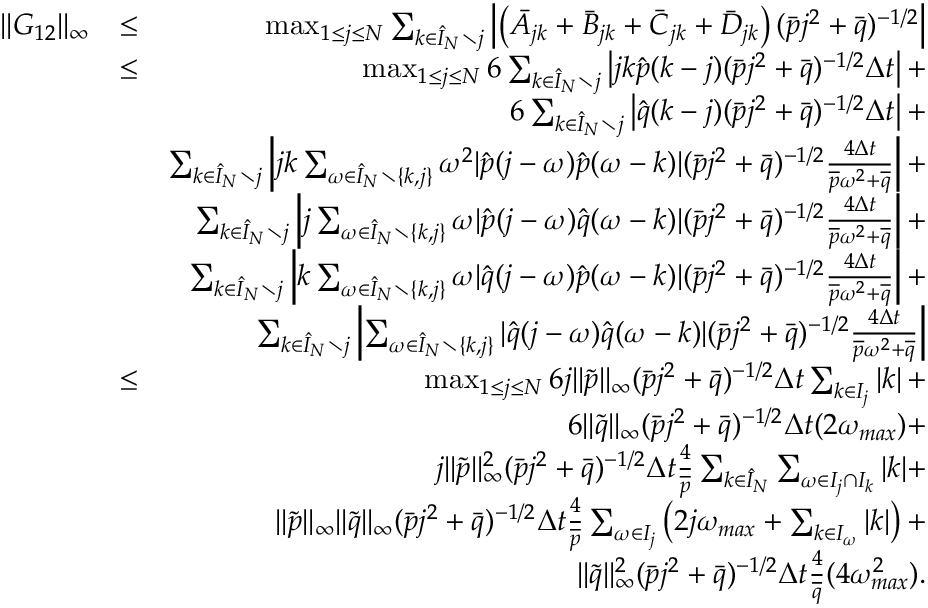
\begin{array} { r l r } { \| G _ { 1 2 } \| _ { \infty } } & { \leq } & { \operatorname* { m a x } _ { 1 \leq j \leq N } \sum _ { k \in \hat { I } _ { N } \setminus j } \left| \left( \bar { A } _ { j k } + \bar { B } _ { j k } + \bar { C } _ { j k } + \bar { D } _ { j k } \right) ( \bar { p } j ^ { 2 } + \bar { q } ) ^ { - 1 / 2 } \right| } \\ & { \leq } & { \operatorname* { m a x } _ { 1 \leq j \leq N } 6 \sum _ { k \in \hat { I } _ { N } \setminus j } \left| j k \hat { p } ( k - j ) ( \bar { p } j ^ { 2 } + \bar { q } ) ^ { - 1 / 2 } \Delta t \right| + } \\ & { } & { 6 \sum _ { k \in \hat { I } _ { N } \setminus j } \left| \hat { q } ( k - j ) ( \bar { p } j ^ { 2 } + \bar { q } ) ^ { - 1 / 2 } \Delta t \right| + } \\ & { } & { \sum _ { k \in \hat { I } _ { N } \setminus j } \left| j k \sum _ { \omega \in \hat { I } _ { N } \setminus \{ k , j \} } \omega ^ { 2 } | \hat { p } ( j - \omega ) \hat { p } ( \omega - k ) | ( \bar { p } j ^ { 2 } + \bar { q } ) ^ { - 1 / 2 } \frac { 4 \Delta t } { \overline { { p } } \omega ^ { 2 } + \overline { { q } } } \right| + } \\ & { } & { \sum _ { k \in \hat { I } _ { N } \setminus j } \left| j \sum _ { \omega \in \hat { I } _ { N } \setminus \{ k , j \} } \omega | \hat { p } ( j - \omega ) \hat { q } ( \omega - k ) | ( \bar { p } j ^ { 2 } + \bar { q } ) ^ { - 1 / 2 } \frac { 4 \Delta t } { \overline { { p } } \omega ^ { 2 } + \overline { { q } } } \right| + } \\ & { } & { \sum _ { k \in \hat { I } _ { N } \setminus j } \left| k \sum _ { \omega \in \hat { I } _ { N } \setminus \{ k , j \} } \omega | \hat { q } ( j - \omega ) \hat { p } ( \omega - k ) | ( \bar { p } j ^ { 2 } + \bar { q } ) ^ { - 1 / 2 } \frac { 4 \Delta t } { \overline { { p } } \omega ^ { 2 } + \overline { { q } } } \right| + } \\ & { } & { \sum _ { k \in \hat { I } _ { N } \setminus j } \left| \sum _ { \omega \in \hat { I } _ { N } \setminus \{ k , j \} } | \hat { q } ( j - \omega ) \hat { q } ( \omega - k ) | ( \bar { p } j ^ { 2 } + \bar { q } ) ^ { - 1 / 2 } \frac { 4 \Delta t } { \overline { { p } } \omega ^ { 2 } + \overline { { q } } } \right| } \\ & { \leq } & { \operatorname* { m a x } _ { 1 \leq j \leq N } 6 j \| \tilde { p } \| _ { \infty } ( \bar { p } j ^ { 2 } + \bar { q } ) ^ { - 1 / 2 } \Delta t \sum _ { k \in I _ { j } } \left| k \right| + } \\ & { } & { 6 \| \tilde { q } \| _ { \infty } ( \bar { p } j ^ { 2 } + \bar { q } ) ^ { - 1 / 2 } \Delta t ( 2 \omega _ { m a x } ) + } \\ & { } & { j \| \tilde { p } \| _ { \infty } ^ { 2 } ( \bar { p } j ^ { 2 } + \bar { q } ) ^ { - 1 / 2 } \Delta t \frac { 4 } { \overline { { p } } } \sum _ { k \in \hat { I } _ { N } } \sum _ { \omega \in I _ { j } \cap I _ { k } } | k | + } \\ & { } & { \| \tilde { p } \| _ { \infty } \| \tilde { q } \| _ { \infty } ( \bar { p } j ^ { 2 } + \bar { q } ) ^ { - 1 / 2 } \Delta t \frac { 4 } { \overline { { p } } } \sum _ { \omega \in I _ { j } } \left( 2 j \omega _ { m a x } + \sum _ { k \in I _ { \omega } } \left| k \right| \right) + } \\ & { } & { \| \tilde { q } \| _ { \infty } ^ { 2 } ( \bar { p } j ^ { 2 } + \bar { q } ) ^ { - 1 / 2 } \Delta t \frac { 4 } { \overline { { q } } } ( 4 \omega _ { m a x } ^ { 2 } ) . } \end{array}